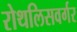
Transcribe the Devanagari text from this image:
रोथलिसवर्गर